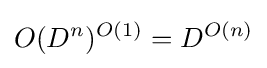
O(D^{n})^{O(1)}=D^{O(n)}